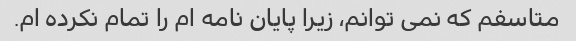
متاسفم که نمی توانم، زیرا پایان نامه ام را تمام نکرده ام.